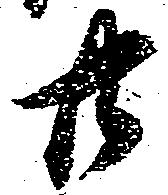
廿